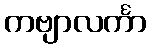
ကဗျာလင်္ကာ